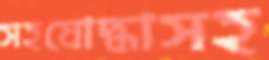
সহযোদ্ধাসহ